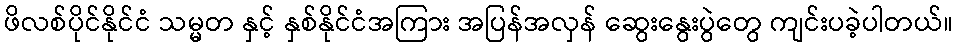
ဖိလစ်ပိုင်နိုင်ငံ သမ္မတ နှင့် နှစ်နိုင်ငံအကြား အပြန်အလှန် ဆွေးနွေးပွဲတွေ ကျင်းပခဲ့ပါတယ်။